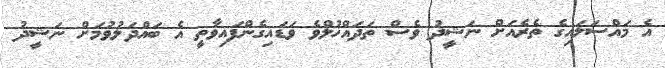
އެ މައްސަލައިގެ ތެރެއަށް ނަޝީދު ވެސް ތަދައްޚުލްވެ ވަޑައިގެންފައިވާތީ އެ ބައްދަލުވުމަށް ނަޝީދު